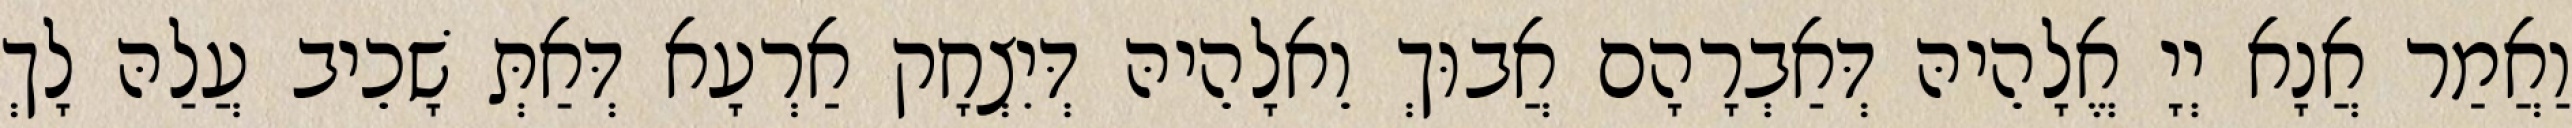
וַאֲמַר אֲנָא יְיָ אֱלָהֵיהּ דְּאַבְרָהָם אֲבוּךְ וֵאלָהֵיהּ דְּיִצְחָק אַרְעָא דְּאַתְּ שָׁכֵיב עֲלַהּ לָךְ